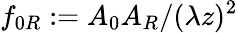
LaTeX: f_{0R}:=A_{0}A_{R}/(\lambda z)^{2}